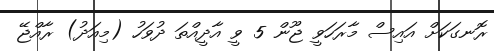
ރޮނގަކަށް އައިސް މާރަހަވީ ޖޫން 5 ވީ އާދީއްތަ ދުވަހު (މިއަދު) ރާއްޖޭ